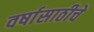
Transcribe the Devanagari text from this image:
वर्षासाठीचे